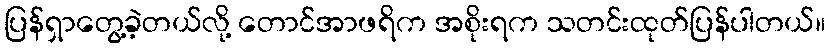
ပြန်ရှာတွေ့ခဲ့တယ်လို့ တောင်အာဖရိက အစိုးရက သတင်းထုတ်ပြန်ပါတယ်။